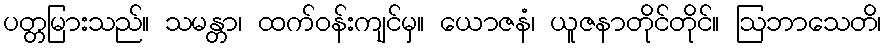
ပတ္တမြားသည်။ သမန္တာ၊ ထက်ဝန်းကျင်မှ။ ယောဇနံ၊ ယူဇနာတိုင်တိုင်။ ဩဘာသေတိ၊